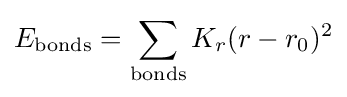
E_{\mathrm {bonds} }=\sum _{\mathrm {bonds} }K_{r}(r-r_{0})^{2}